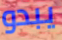
يبدو